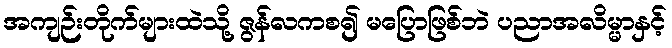
အကျဉ်းတိုက်များထဲသို့ ဇွန်လကစ၍ မပြောဖြစ်ဘဲ ပညာအလိမ္မာနှင့်